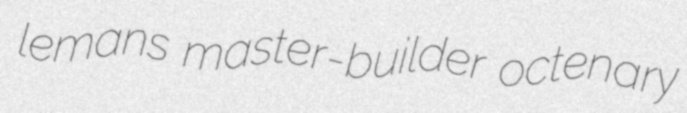
lemans master-builder octenary